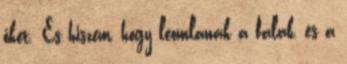
őket. És hiszem, hogy leomlanak a falak, és a